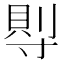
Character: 𡬷